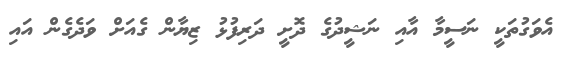
އެވަގުތަކީ ނަސީމާ އާއި ނަޝީދުގެ ދޮށީ ދަރިފުޅު ޒިޔާން ގެއަށް ވަދެގެން އައި